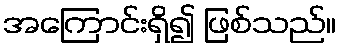
အကြောင်းရှိ၍ ဖြစ်သည်။